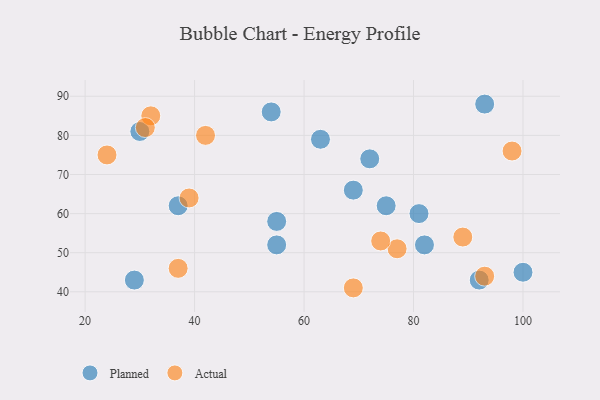
{"axis": {"x": "GDP", "y": "Life Expectancy"}, "legend": ["Actual", "Planned"], "data": [{"x": "81", "y": 60, "type": "Planned"}, {"x": "100", "y": 45, "type": "Planned"}, {"x": "72", "y": 74, "type": "Planned"}, {"x": "63", "y": 79, "type": "Planned"}, {"x": "55", "y": 52, "type": "Planned"}, {"x": "55", "y": 58, "type": "Planned"}, {"x": "54", "y": 86, "type": "Planned"}, {"x": "93", "y": 88, "type": "Planned"}, {"x": "37", "y": 62, "type": "Planned"}, {"x": "29", "y": 43, "type": "Planned"}, {"x": "69", "y": 66, "type": "Planned"}, {"x": "82", "y": 52, "type": "Planned"}, {"x": "75", "y": 62, "type": "Planned"}, {"x": "92", "y": 43, "type": "Planned"}, {"x": "30", "y": 81, "type": "Planned"}, {"x": "24", "y": 75, "type": "Actual"}, {"x": "69", "y": 41, "type": "Actual"}, {"x": "39", "y": 64, "type": "Actual"}, {"x": "98", "y": 76, "type": "Actual"}, {"x": "77", "y": 51, "type": "Actual"}, {"x": "93", "y": 44, "type": "Actual"}, {"x": "74", "y": 53, "type": "Actual"}, {"x": "42", "y": 80, "type": "Actual"}, {"x": "89", "y": 54, "type": "Actual"}, {"x": "32", "y": 85, "type": "Actual"}, {"x": "37", "y": 46, "type": "Actual"}, {"x": "31", "y": 82, "type": "Actual"}]}